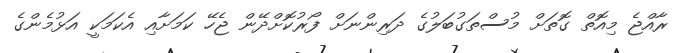
ރާއްޖެ މިއޮތް ގޮތަށް މުސްތަގުބަލުގެ ދަރިންނަށް ފޯރުކޮށްދޭން ޖެހޭ ކަމަށާއި އެކަމަކީ އަޅުމެންގެ